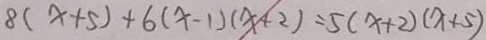
8 ( x + 5 ) + 6 ( x - 1 ) ( x + 2 ) = 5 ( x + 2 ) ( x + 5 )